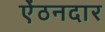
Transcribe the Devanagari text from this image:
ऐंठनदार